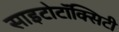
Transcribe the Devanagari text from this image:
साइटोटॉक्सिटी